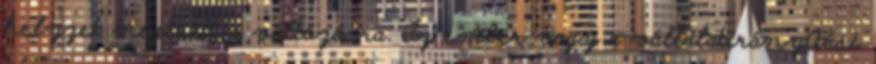
helyzet megérett a változásra. Az ember vagy a vállalatirányítási